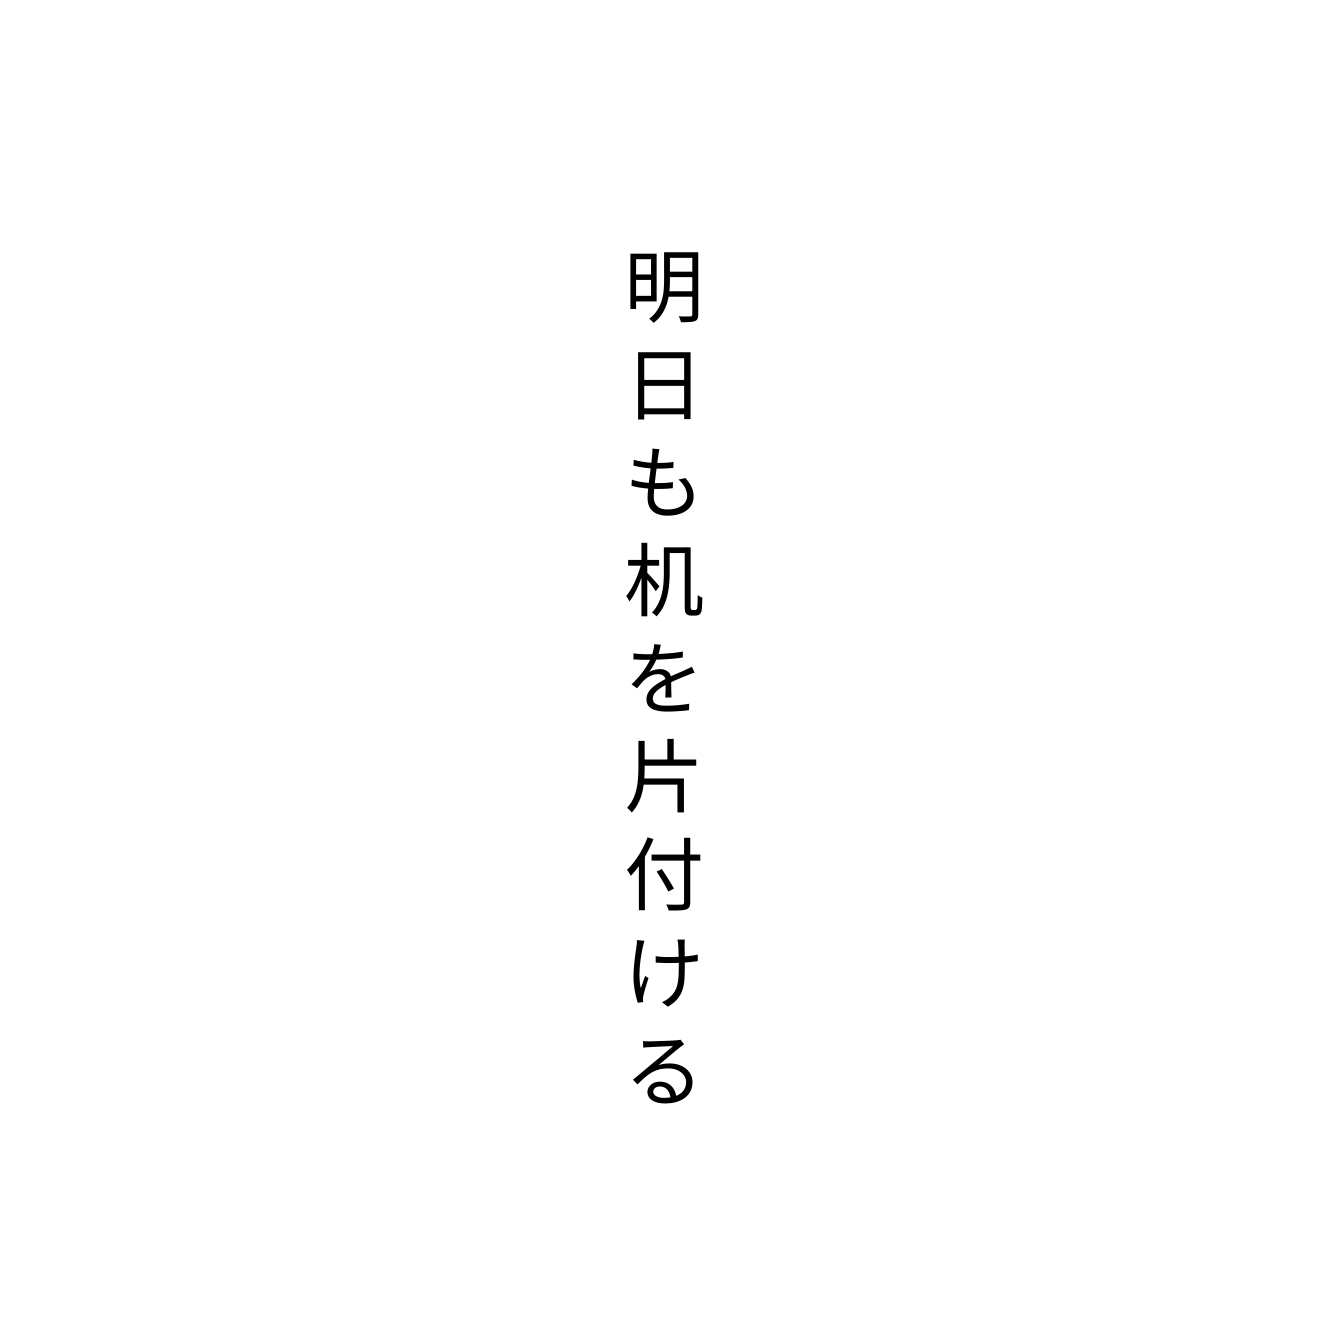
明日も机を片付ける